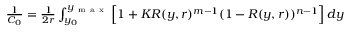
\begin{array} { r } { \frac { 1 } { C _ { 0 } } = \frac { 1 } { 2 r } \int _ { y _ { 0 } } ^ { y _ { \mathrm { ~ m ~ a ~ x ~ } } } \Big [ 1 + K R ( y , r ) ^ { m - 1 } ( 1 - R ( y , r ) ) ^ { n - 1 } \Big ] \, d y } \end{array}